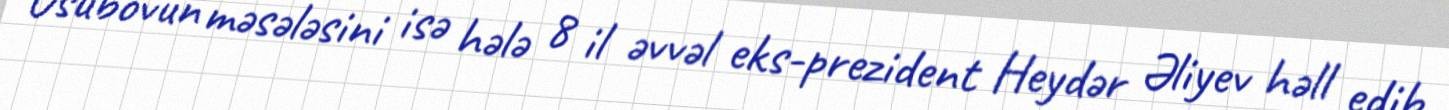
Usubovun məsələsini isə hələ 8 il əvvəl eks-prezident Heydər Əliyev həll edib,